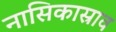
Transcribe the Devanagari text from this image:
नासिकास्राव